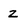
Character: z